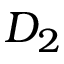
D _ { 2 }